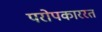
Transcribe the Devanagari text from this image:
परोपकाररत